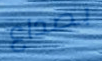
بصداع